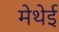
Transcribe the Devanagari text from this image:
मेथेई